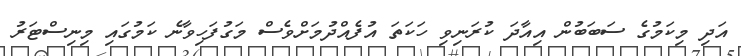
އަދި މިކަމުގެ ސަބަބުން އިއާދަ ކުރަނިވި ހަކަތަ އުފެއްދުމަށްވެސް މަގުފަހިވާނެ ކަމުގައި މިނިސްޓަރު